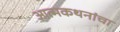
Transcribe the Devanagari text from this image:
आत्मकथनांचा